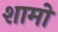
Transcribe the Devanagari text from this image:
शामो